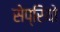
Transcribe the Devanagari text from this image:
सेप्रियो